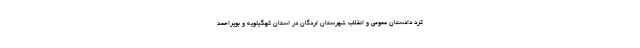
کرد دادستان عمومی و انقلاب شهرستان لردگان در استان کهگیلویه و بویراحمد